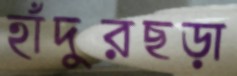
হাঁদুরছড়া